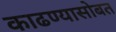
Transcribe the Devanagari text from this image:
काढण्यासोबत